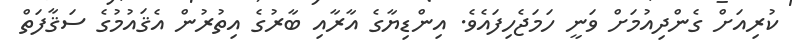
ކުރިއަށް ގެންދިއުމަށް ވަނީ ހަމަޖެހިފައެވެ. އިންޑިޔާގެ އާރާއި ބާރުގެ އިތުރުން އެޤައުމުގެ ސަޤާފަތް